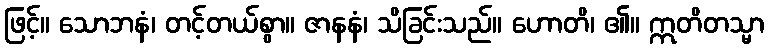
ဖြင့်။ သောဘနံ၊ တင့်တယ်စွာ။ ဇာနနံ၊ သိခြင်းသည်။ ဟောတိ၊ ၏။ ဣတိတသ္မာ